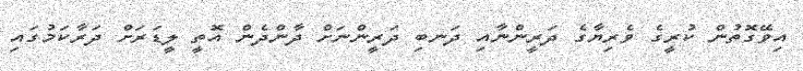
އިވޭގޮތުން ކުރީގެ ވެރިޔާގެ ދަރީންނާއި ދަނބި ދަރީންނަށް ދާންދެން އޮތީ ލީޑަރަށް ދަރާކަމުގައި